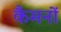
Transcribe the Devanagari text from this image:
कैमनों